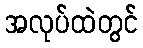
အလုပ်ထဲတွင်